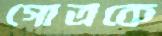
গোত্রকে